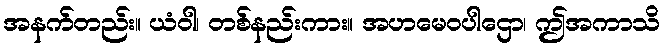
အနက်တည်း။ ယံဝါ၊ တစ်နည်းကား။ အဟမေဝပါဌော၊ ဤအကာသိ